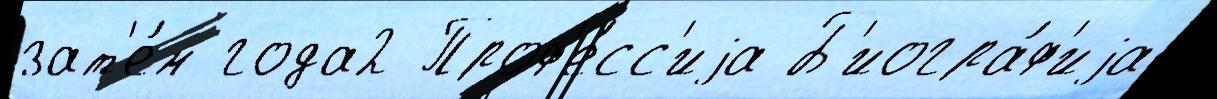
зат'е́м года2 Проф'е́сс'иjа Б'иогра́ф'иjа